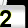
Digit: 2